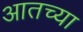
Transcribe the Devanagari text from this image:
आतच्या